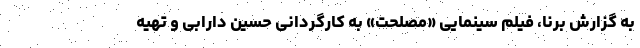
به گزارش برنا، فیلم سینمایی «مصلحت» به کارگردانی حسین دارابی و تهیه